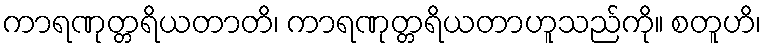
ကာရဏုတ္တရိယတာတိ၊ ကာရဏုတ္တရိယတာဟူသည်ကို။ စတူဟိ၊